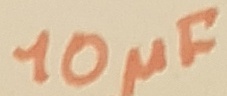
Text: 10µF